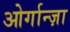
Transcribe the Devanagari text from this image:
ओर्गान्ज़ा